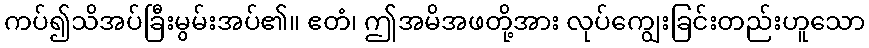
ကပ်၍သိအပ်ခြီးမွမ်းအပ်၏။ ဧတံ၊ ဤအမိအဖတို့အား လုပ်ကျွေးခြင်းတည်းဟူသော